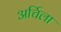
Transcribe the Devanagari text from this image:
अर्चिला